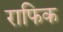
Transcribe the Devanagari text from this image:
राफिक